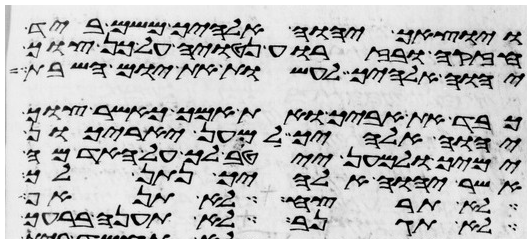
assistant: ויוציאך יהוה אלהיך משם ביד
חזקה ובזרוע נטויה על כן צוך
יהוה אלהיך לעשות את יום השבת
כבד את אביך ואת אמך כאשר צוך
יהוה אלהיך למען יארכון
ימיך ולמען ייטב לך על האדמה
אשר יהוה אלהיך נתן לך
לא תרצח לא תנאף
לא תגנב לא תענה ברעך